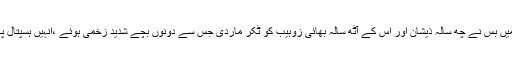
پولیس کے مطابق برکی کے علاقے میں بس نے چھ سالہ ذیشان اور اس کے آٹھ سالہ بھائی زوہیب کو ٹکر ماردی جس سے دونوں بچے شدید زخمی ہوئے ،انہیں ہسپتال پہنچایا گیا جہاں زوہیب نے دم توڑ دیا۔